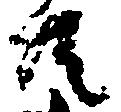
共